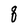
Character: q